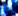
مرة